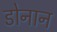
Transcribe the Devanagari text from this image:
डोनान